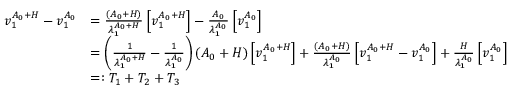
\begin{array} { r l } { v _ { 1 } ^ { A _ { 0 } + H } - v _ { 1 } ^ { A _ { 0 } } } & { = \frac { ( A _ { 0 } + H ) } { \lambda _ { 1 } ^ { A _ { 0 } + H } } \left[ v _ { 1 } ^ { A _ { 0 } + H } \right] - \frac { A _ { 0 } } { \lambda _ { 1 } ^ { A _ { 0 } } } \left[ v _ { 1 } ^ { A _ { 0 } } \right] } \\ & { = \left( \frac { 1 } { \lambda _ { 1 } ^ { A _ { 0 } + H } } - \frac { 1 } { \lambda _ { 1 } ^ { A _ { 0 } } } \right) ( A _ { 0 } + H ) \left[ v _ { 1 } ^ { A _ { 0 } + H } \right] + \frac { ( A _ { 0 } + H ) } { \lambda _ { 1 } ^ { A _ { 0 } } } \left[ v _ { 1 } ^ { A _ { 0 } + H } - v _ { 1 } ^ { A _ { 0 } } \right] + \frac { H } { \lambda _ { 1 } ^ { A _ { 0 } } } \left[ v _ { 1 } ^ { A _ { 0 } } \right] } \\ & { = : T _ { 1 } + T _ { 2 } + T _ { 3 } } \end{array}